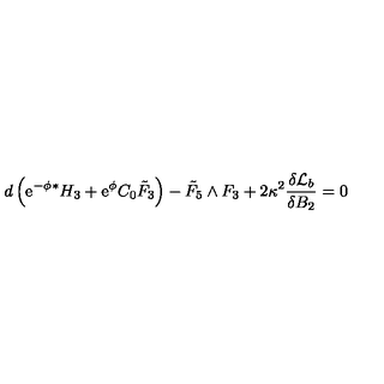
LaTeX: d \left( \mathrm { e } ^ { - \phi } { } ^ { * } H _ { 3 } + \mathrm { e } ^ { \phi } C _ { 0 } { \tilde { F } } _ { 3 } \right) - { \tilde { F } } _ { 5 } \wedge F _ { 3 } + 2 \kappa ^ { 2 } \frac { \delta { \cal { L } } _ { b } } { \delta B _ { 2 } } = 0